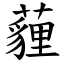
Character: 薶